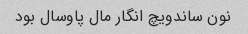
نون ساندویچ انگار مال پاوسال بود